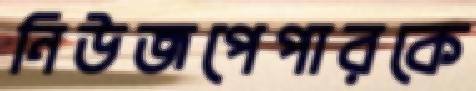
নিউজপেপারকে